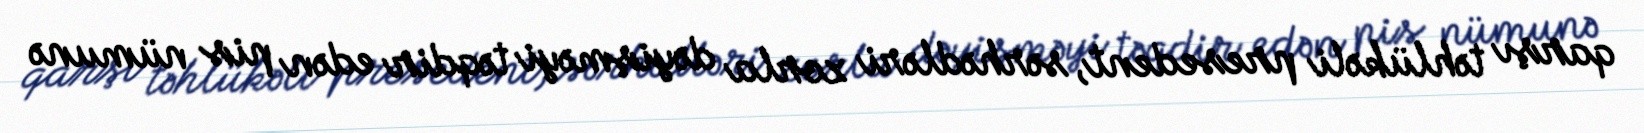
qarşı təhlükəli presedent, sərhədləri zorla dəyişməyi təqdir edən pis nümunə